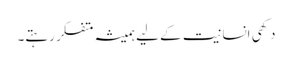
دکھی انسانیت کے لیے ہمیشہ متفکر رہتے۔